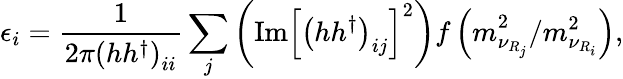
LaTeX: \epsilon_{i}=\frac{1}{2\pi\left(hh^{\dagger}\right)_{ii}}\sum_{j}\left(\mathrm{Im}\left[\left(hh^{\dagger}\right)_{ij}\right]^{2}\right)f\left(m_{\nu_{R_{j}}}^{2}/m_{\nu_{R_{i}}}^{2}\right),